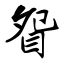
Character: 眢